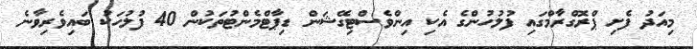
މިއަދު ފެށި ޕްރޮގްރާމްގައި ފުލުހުންގެ އެކި އިންވެސްޓިގޭޝަން ޑިޕާޓްމެންޓުތަކުން 40 ފުލުހަކު ބައިވެރިވާނެ